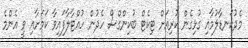
މެދުކަނޑާލުމާއި ގުޅިގެން ކުރިއަށް ޓިކެޓް ބުކިންގްސް ހެދުން ހުއްޓާލާފައިވާ ކަމަށާއި ވީ އެންމެ